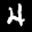
Label: 4